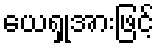
ယေရှုအားဖြင့်